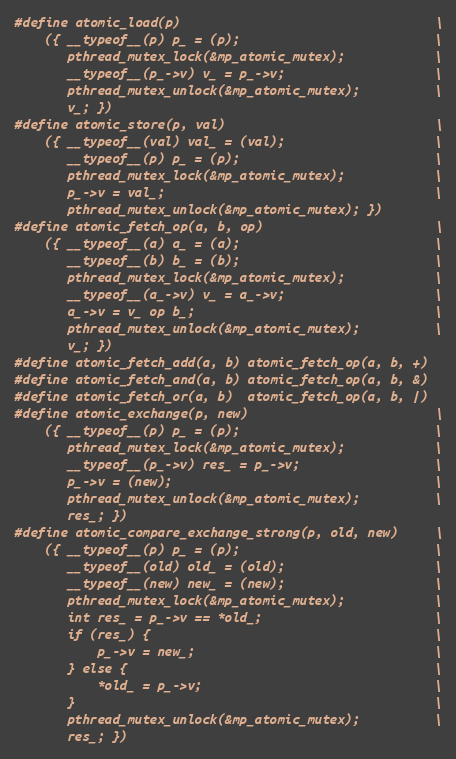
Language: C
#define atomic_load(p)                                  \
    ({ __typeof__(p) p_ = (p);                          \
       pthread_mutex_lock(&mp_atomic_mutex);            \
       __typeof__(p_->v) v_ = p_->v;                    \
       pthread_mutex_unlock(&mp_atomic_mutex);          \
       v_; })
#define atomic_store(p, val)                            \
    ({ __typeof__(val) val_ = (val);                    \
       __typeof__(p) p_ = (p);                          \
       pthread_mutex_lock(&mp_atomic_mutex);            \
       p_->v = val_;                                    \
       pthread_mutex_unlock(&mp_atomic_mutex); })
#define atomic_fetch_op(a, b, op)                       \
    ({ __typeof__(a) a_ = (a);                          \
       __typeof__(b) b_ = (b);                          \
       pthread_mutex_lock(&mp_atomic_mutex);            \
       __typeof__(a_->v) v_ = a_->v;                    \
       a_->v = v_ op b_;                                \
       pthread_mutex_unlock(&mp_atomic_mutex);          \
       v_; })
#define atomic_fetch_add(a, b) atomic_fetch_op(a, b, +)
#define atomic_fetch_and(a, b) atomic_fetch_op(a, b, &)
#define atomic_fetch_or(a, b)  atomic_fetch_op(a, b, |)
#define atomic_exchange(p, new)                         \
    ({ __typeof__(p) p_ = (p);                          \
       pthread_mutex_lock(&mp_atomic_mutex);            \
       __typeof__(p_->v) res_ = p_->v;                  \
       p_->v = (new);                                   \
       pthread_mutex_unlock(&mp_atomic_mutex);          \
       res_; })
#define atomic_compare_exchange_strong(p, old, new)     \
    ({ __typeof__(p) p_ = (p);                          \
       __typeof__(old) old_ = (old);                    \
       __typeof__(new) new_ = (new);                    \
       pthread_mutex_lock(&mp_atomic_mutex);            \
       int res_ = p_->v == *old_;                       \
       if (res_) {                                      \
           p_->v = new_;                                \
       } else {                                         \
           *old_ = p_->v;                               \
       }                                                \
       pthread_mutex_unlock(&mp_atomic_mutex);          \
       res_; })